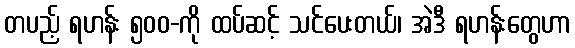
တပည့် ရဟန်း ၅၀၀-ကို ထပ်ဆင့် သင်ပေးတယ်၊ အဲဒီ ရဟန်းတွေဟာ